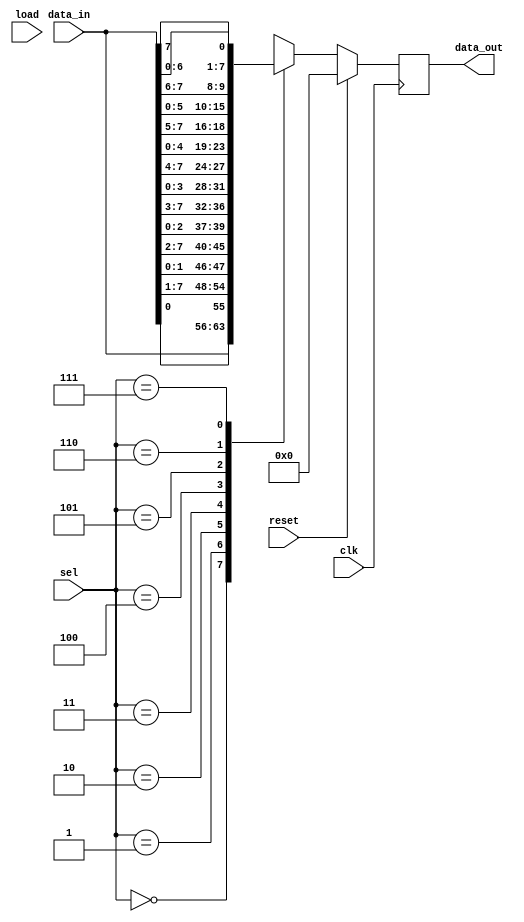
module barrel_me (clk, reset, sel, data_in, data_out, load);

input clk, reset, load;
input [7:0] data_in;        //  data input
input [2:0] sel;            //  select->shift how many bit
output reg [7:0] data_out;  //  data output 
wire [7:0 ]brl_in;
reg [7:0] brl_out;
          
// function integer ii;
  // integer n;
	// input [7:0]Vrol;
  // reg [7:0] TMPD;
    // //n=s; 
    // //TMPD = D;
    // for (ii = 1; ii <= n; ii=ii+1) begin 
      // TMPD = {TMPD[0], TMPD[7:1]};
    // //Vrol = TMPD;
  // end 
// endfunction

assign brl_in = load? data_in: brl_out;
always@ (posedge clk)
  if (reset)
    data_out <= 0;
  else 
    data_out <=  brl_out;
  
always @(data_in or sel) begin 
  case (sel)
    3'b000 :brl_out = data_in;
    3'b001 :brl_out = {data_in[0], data_in[7:1]}; // infront bit , continuos bit 
    3'b010 :brl_out = {data_in[1:0], data_in[7:2]};
    3'b011 :brl_out = {data_in[2:0], data_in[7:3]};
    3'b100 :brl_out = {data_in[3:0], data_in[7:4]};
    3'b101 :brl_out = {data_in[4:0], data_in[7:5]};
    3'b110 :brl_out = {data_in[5:0], data_in[7:6]};
    3'b111 :brl_out = {data_in[6:0], data_in[7]};
    default : brl_out = data_in;
  endcase
 end
endmodule